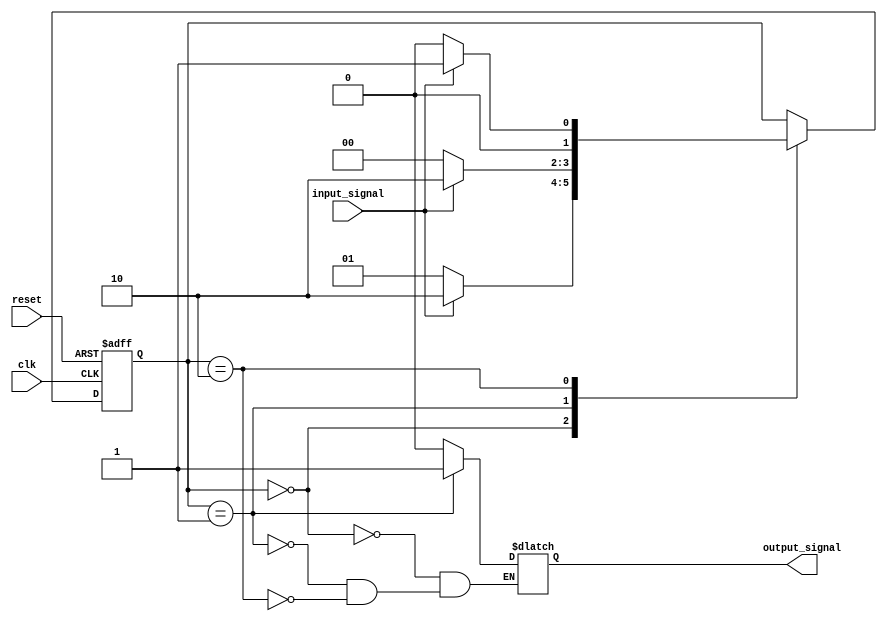
module fsm (
    input      clk,
    input      reset,
    input      input_signal,
    output reg output_signal
);

// Define states
parameter STATE_A = 2'b00;
parameter STATE_B = 2'b01;
parameter STATE_C = 2'b10;

// Define current state register
reg [1:0] current_state, next_state;

// State transition logic
always @(posedge clk or posedge reset) begin
    if (reset) begin
        current_state <= STATE_A;
    end else begin
        current_state <= next_state;
    end
end

// Next state logic
always @(*) begin
    next_state = current_state;
    
    case (current_state)
        STATE_A: begin
            if (input_signal == 1'b0)
                next_state = STATE_B;
            else
                next_state = STATE_C;
        end
        STATE_B: begin
            if (input_signal == 1'b0)
                next_state = STATE_A;
            else
                next_state = STATE_C;
        end
        STATE_C: begin
            if (input_signal == 1'b0)
                next_state = STATE_A;
            else
                next_state = STATE_B;
        end
    endcase
end

// Output signals
always @(*) begin
    case (current_state)
        STATE_A: output_signal = 1'b0;
        STATE_B: output_signal = 1'b1;
        STATE_C: output_signal = 1'b0;
    endcase
end

endmodule